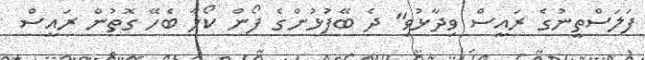
ފަލަސްތީނުގެ ރައީސް ވިދާޅުވި" ދެ ބޭފުޅުންގެ ފޯން ކޯލާ ބެހޭ ގޮތުން ރައީސް